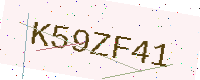
Text: K59ZF41